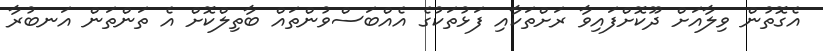
އެގޮތުން ވިލާއަށް ދޫކޮށްފައިވާ ރަށްތަކާއި ފަޅުތަކުގެ އެއްބަސްވުންތައް ބާތިލްކޮށް އެ ތަންތަން އަނބުރާ